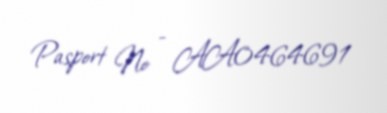
Pasport № - AA0464691